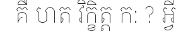
គឺ ហត វិក្ខិត្ត ក: ? អ្វី